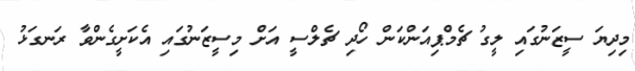
މިދިޔަ ސީޒަނުގައި ލީގު ޗެމްޕިއަންކަން ހޯދި ޗެލްސީ އަށް މިސީޒަނުގައި އެކަށީގެންވާ ރަނގަޅު